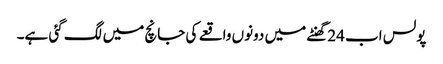
پولس اب 24گھنٹے میں دونوں واقعے کی جانچ میں لگ گئی ہے۔